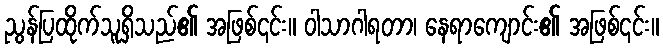
ညွန်ပြထိုက်သူရှိသည်၏ အဖြစ်၎င်း။ ဝါသာဂါရတာ၊ နေရာကျောင်း၏ အဖြစ်၎င်း။